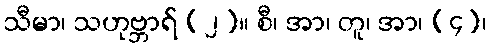
သီမာ၊ သဟုဗ္ဘာရ် (၂)။ စီ၊ အာ၊ တူ၊ အာ၊ (၄)၊